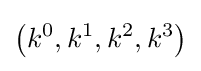
\left(k^{0},k^{1},k^{2},k^{3}\right)